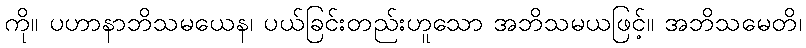
ကို။ ပဟာနာဘိသမယေန၊ ပယ်ခြင်းတည်းဟူသော အဘိသမယဖြင့်။ အဘိသမေတိ၊